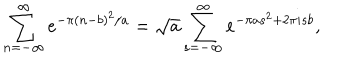
\sum _ { n = - \infty } ^ { \infty } e ^ { - \pi ( n - b ) ^ { 2 } / a } = \sqrt { a } \sum _ { s = - \infty } ^ { \infty } e ^ { - \pi a s ^ { 2 } + 2 \pi i s b } ,